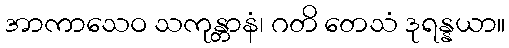
အာကာသေဝ သကုန္တာနံ၊ ဂတိ တေသံ ဒုရန္နယာ။